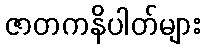
ဇာတကနိပါတ်များ